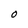
Character: O